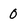
Character: 0